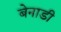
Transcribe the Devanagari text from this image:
बेनाडी